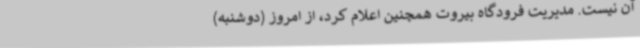
آن نیست. مدیریت فرودگاه بیروت همچنین اعلام کرد، از امروز (دوشنبه)